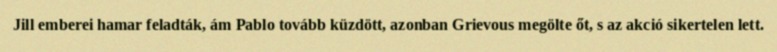
Jill emberei hamar feladták, ám Pablo tovább küzdött, azonban Grievous megölte őt, s az akció sikertelen lett.